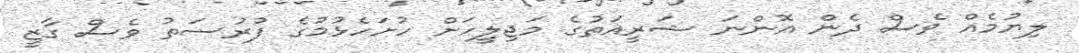
ލިޔުމެއް ވެސް ދެން އޮންނަ ޝަރީއަތުގެ މަޖިލީހަށް ހުށަހެޅުމުގެ ފުރުސަތު ވެސް ގާޒީ